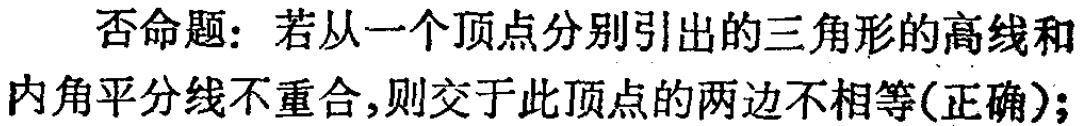
否命题：若从一个顶点分别引出的三角形的高线和内角平分线不重合,则交于此顶点的两边不相等(正确);